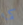
كما